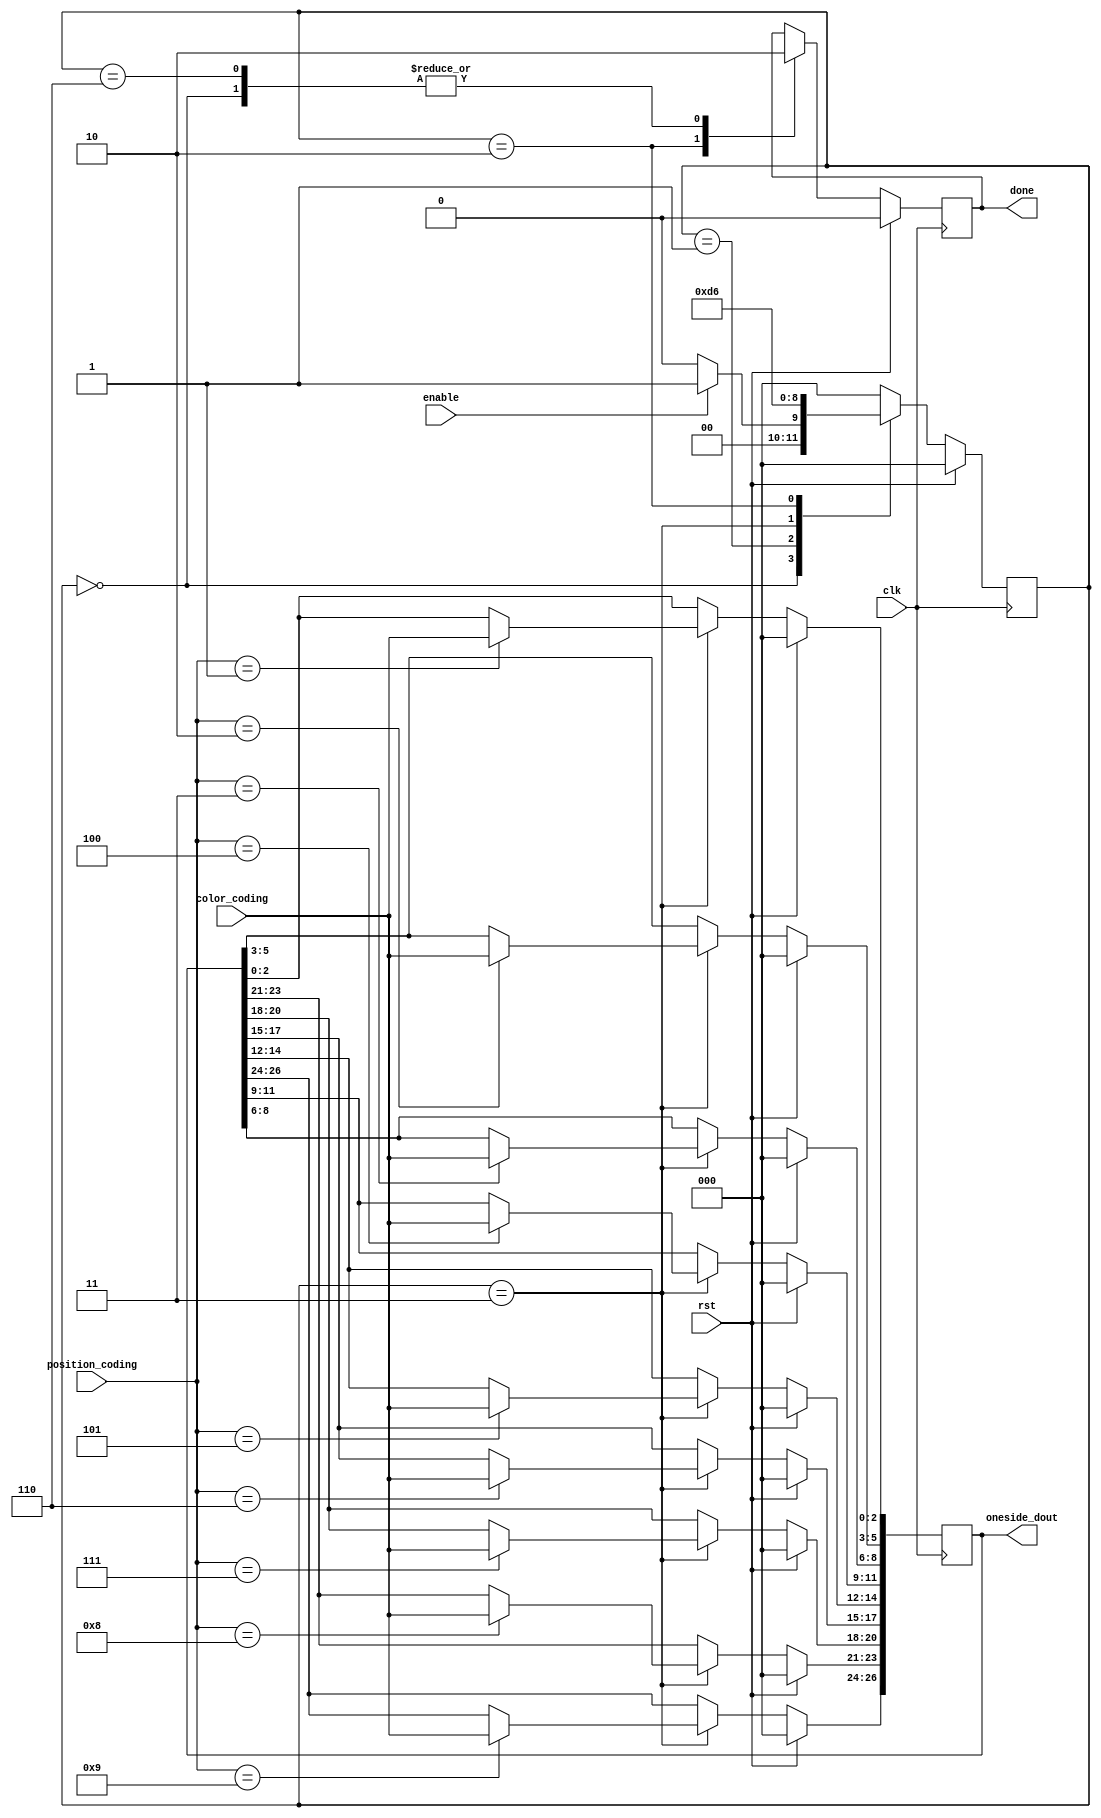
 /* this program is to set data of one side on magiccube
    Copyright (C) 2018 IdlessChaye

    This program is free software; you can redistribute it and/or modify
    it under the terms of the GNU General Public License as published by
    the Free Software Foundation; either version 2 of the License, or
    (at your option) any later version.

    This program is distributed in the hope that it will be useful,
    but WITHOUT ANY WARRANTY; without even the implied warranty of
    MERCHANTABILITY or FITNESS FOR A PARTICULAR PURPOSE.  See the
    GNU General Public License for more details.

    You should have received a copy of the GNU General Public License along
    with this program; if not, write to the Free Software Foundation, Inc.,
    51 Franklin Street, Fifth Floor, Boston, MA 02110-1301 USA.
*/


`timescale 1ns / 1ns
module magic_side_data_set (
    input clk,
    input rst,

    input enable,

    input[8:0] position_coding,
    input[2:0] color_coding,
    output reg[26:0] oneside_dout,

    output reg done
);


localparam s_idle    = 3'b000;
localparam s_init    = 3'b001;
localparam s_update  = 3'b011;
localparam s_done    = 3'b010;
localparam s_ready   = 3'b110;
reg[2:0] status = s_idle;

always@(posedge clk) begin
    if(rst) begin
        done <= 0;
        oneside_dout <= 0;

        status <= s_idle;
    end else begin
        case(status) 
            s_idle: begin
                done <= 0;

                if(enable) begin
                    status <= s_init;
                end else begin
                    status <= s_idle;
                end
            end
            s_init: begin
                status <= s_update;
            end
            s_update: begin
                case(position_coding) 
                    9'd1: oneside_dout[2:0] <= color_coding;
                    9'd2: oneside_dout[5:3] <= color_coding;
                    9'd3: oneside_dout[8:6] <= color_coding;
                    9'd4: oneside_dout[11:9] <= color_coding;
                    9'd5: oneside_dout[14:12] <= color_coding;
                    9'd6: oneside_dout[17:15] <= color_coding;
                    9'd7: oneside_dout[20:18] <= color_coding;
                    9'd8: oneside_dout[23:21] <= color_coding;
                    9'd9: oneside_dout[26:24] <= color_coding;
                    default: begin
                        // nop
                    end
                endcase

                status <= s_done;
            end
            s_done: begin
                done <= 1;

                status <= s_ready;
            end
            s_ready: begin
                done <= 0;

                status <= s_idle; 
            end
            default: begin
                status <= s_idle; 
            end
        endcase
    end
end

endmodule